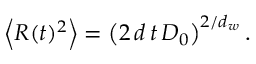
\left\langle R ( t ) ^ { 2 } \right\rangle = \left( 2 \, d \, t \, D _ { 0 } \right) ^ { 2 / d _ { w } } .